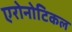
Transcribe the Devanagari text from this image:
एरोनोटिकल